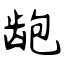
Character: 龅